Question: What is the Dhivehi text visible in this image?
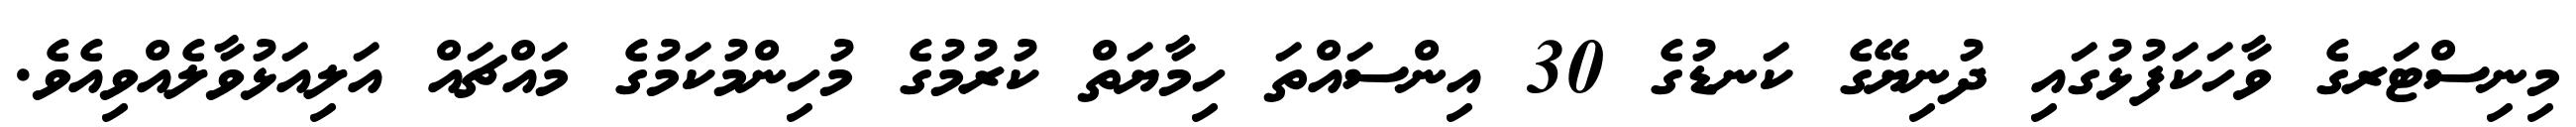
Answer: މިނިސްޓަރގެ ވާހަކަފުޅުގައި ދުނިޔޭގެ ކަނޑުގެ 30 އިންސައްތަ ހިމާޔަތް ކުރުމުގެ މުހިންމުކަމުގެ މައްޗައް އަލިއަޅުވާލެއްވިއެވެ.